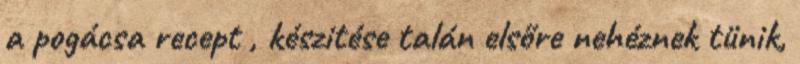
a pogácsa recept , készitése talán elsőre nehéznek tünik,